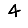
Digit: 4